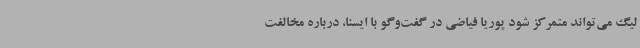
لیگ می‌تواند متمرکز شود پوریا فیاضی در گفت‌وگو با ایسنا، درباره مخالفت